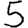
Digit: 5